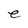
Character: e